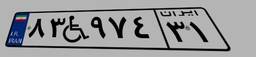
۸۳W۹۷۴۳۱